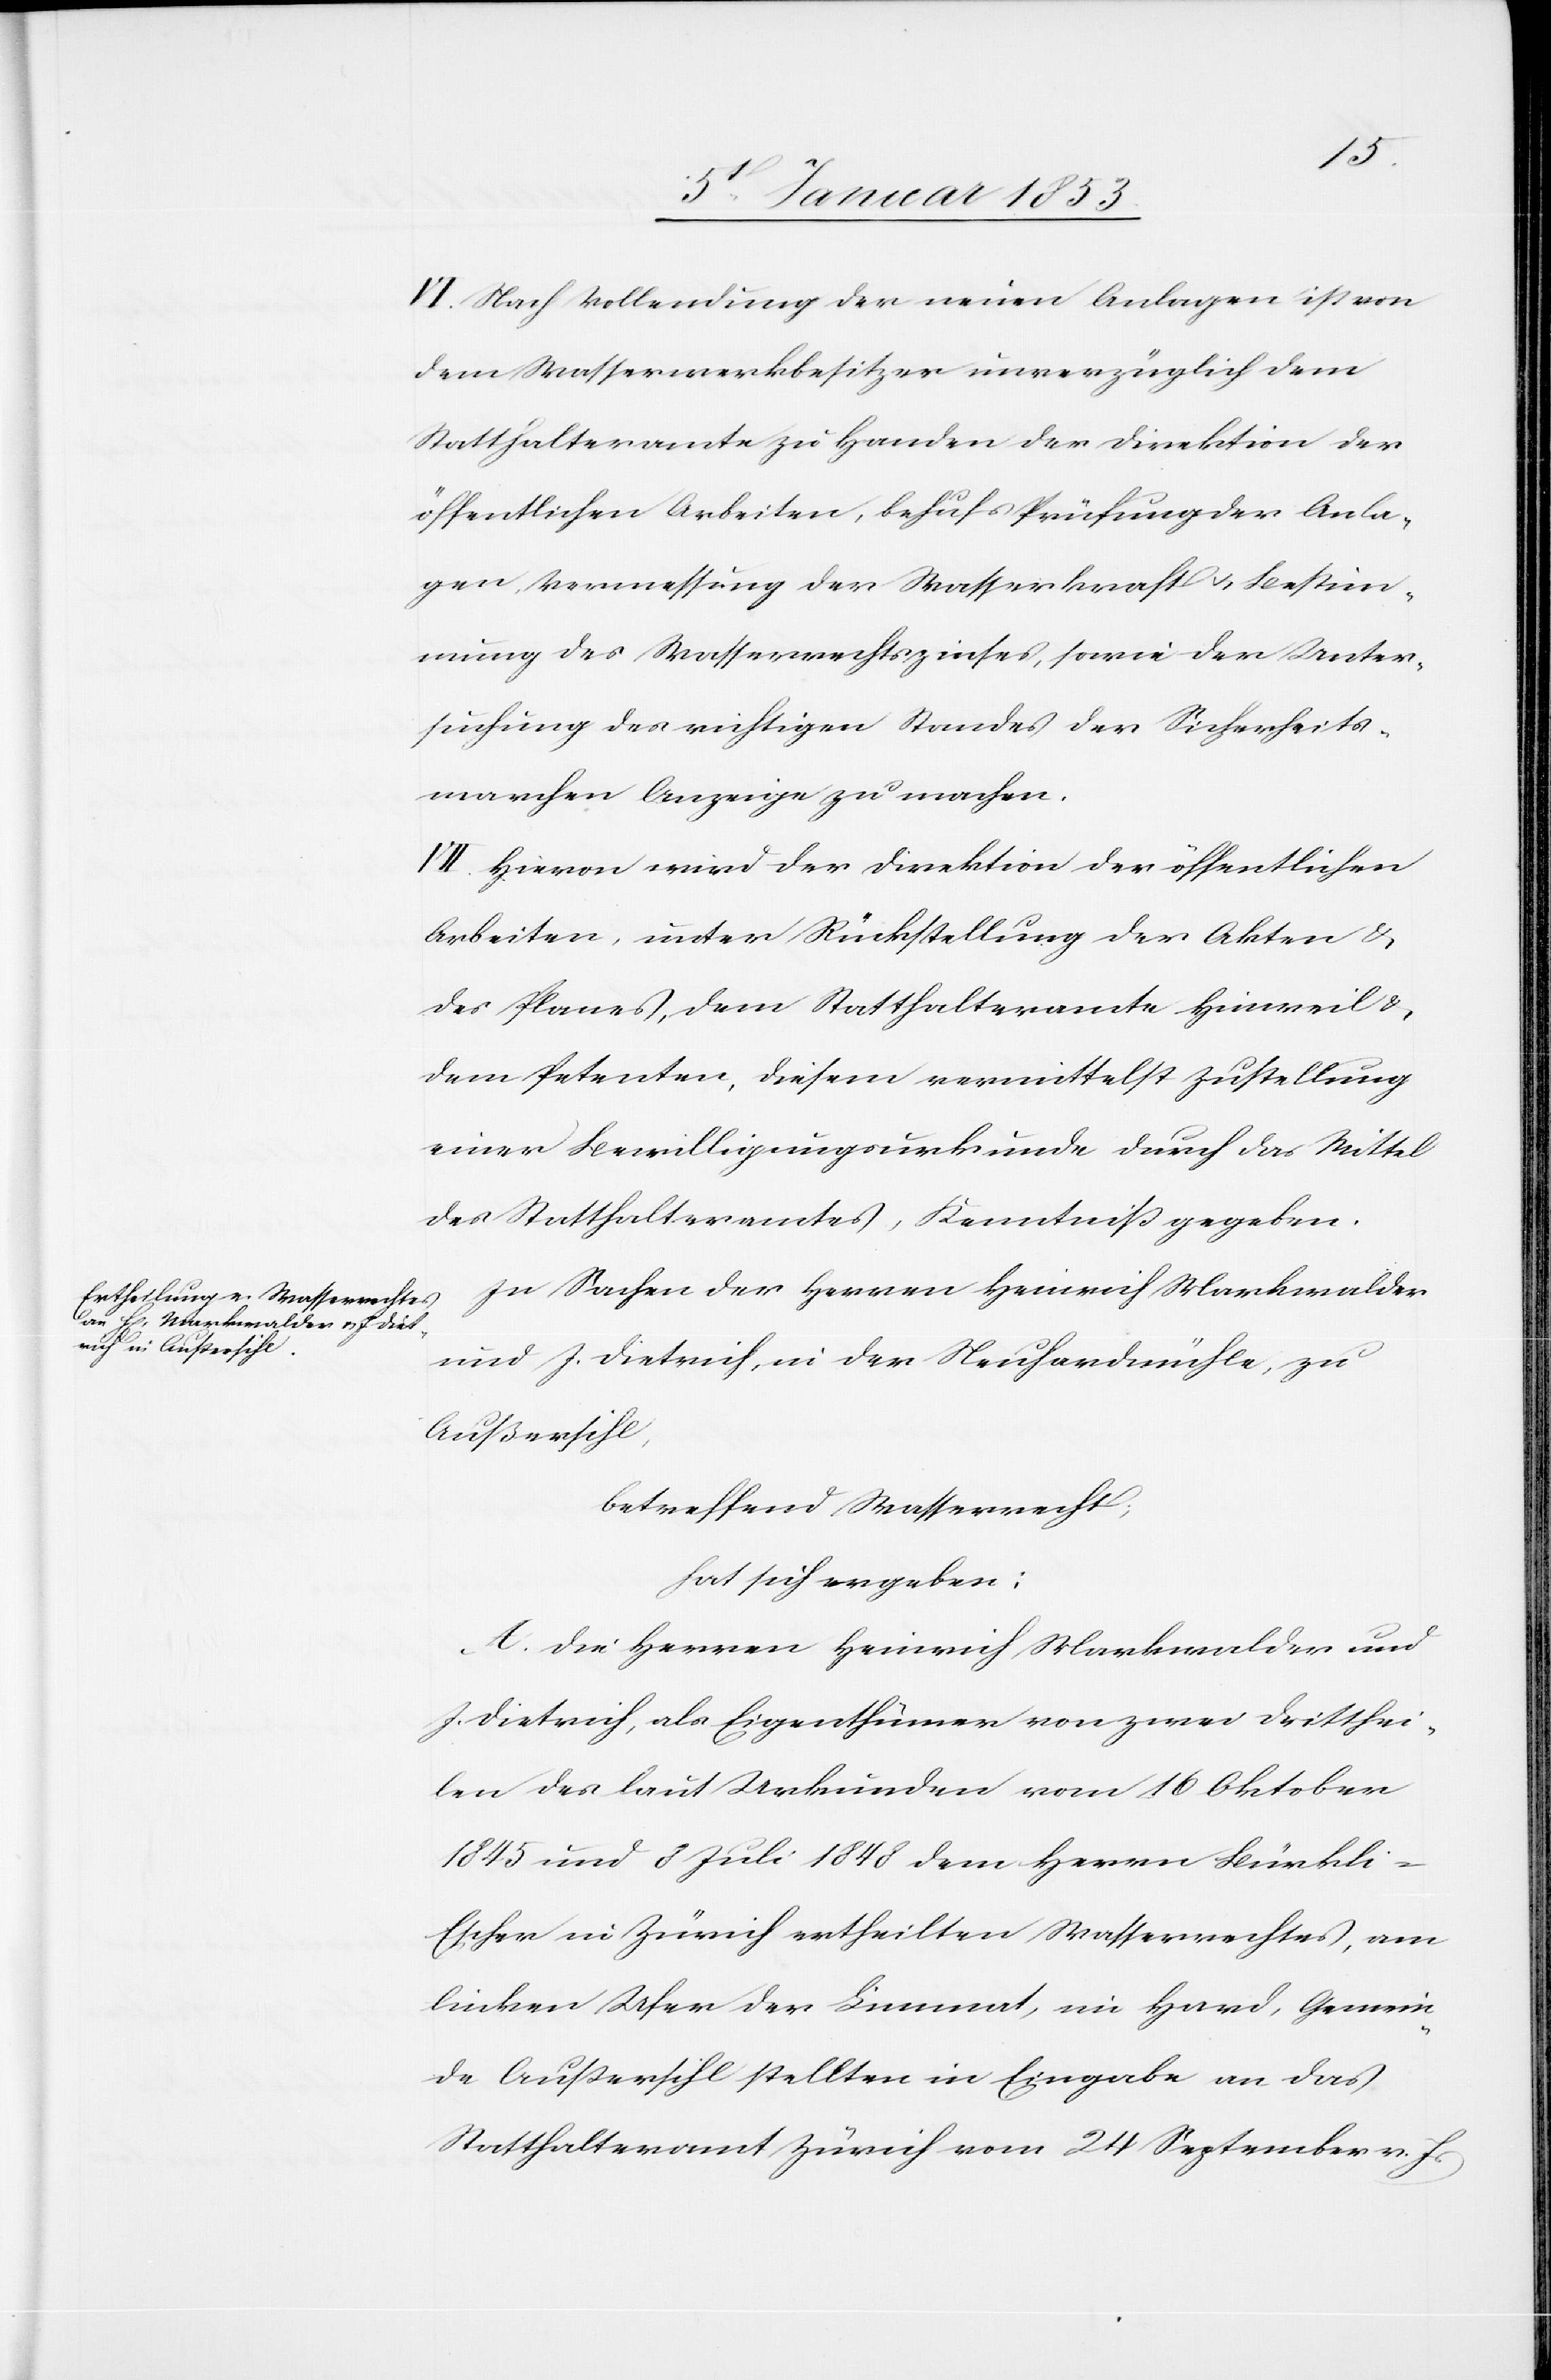
VI. Nach Vollendung der neuen Anlagen ist von
dem Wasserwerkbesitzer unverzüglich dem
Statthalteramte zu Handen der Direktion der
öffentlichen Arbeiten, behufs Prüfung der Anla¬
gen Vermessung der Wasserkraft u. Bestim¬
mung des Wasserrechtszinses, sowie der Unter¬
suchung des richtigen Standes der Sicherheits¬
marchen Anzeige zu machen.
VII. Hievon wird der Direktion der öffentlichen
Arbeiten, unter Rückstellung der Akten u.
des Planes, dem Statthalteramte Hinweil u.
dem Petenten, diesem vermittelst Zustellung
einer Bewilligungsurkunde durch das Mittel
des Statthalteramtes, Kenntniß gegeben.
In Sachen der Herren Heinrich Markwalder
und J. Dietrich, in der Neuhardmühle, zu
Außersihl,
betreffend Wasserrecht
hat sich ergeben:
A. Die Herren Heinrich Markwalder und
J. Dietrich, als Eigenthümer von zwei Dritthei¬
len der laut Urkunden vom 16 Oktober
1845 und 8 Juli 1848 dem Herren Bürkl¬
i-Escher in Zürich ertheilten Wasserrechtes, am
linken Ufer der Limmat, in Hard, Gemein¬
de Außersihl stellten in Eingabe an das
Statthalteramt Zürich vom 24 September v. Js.